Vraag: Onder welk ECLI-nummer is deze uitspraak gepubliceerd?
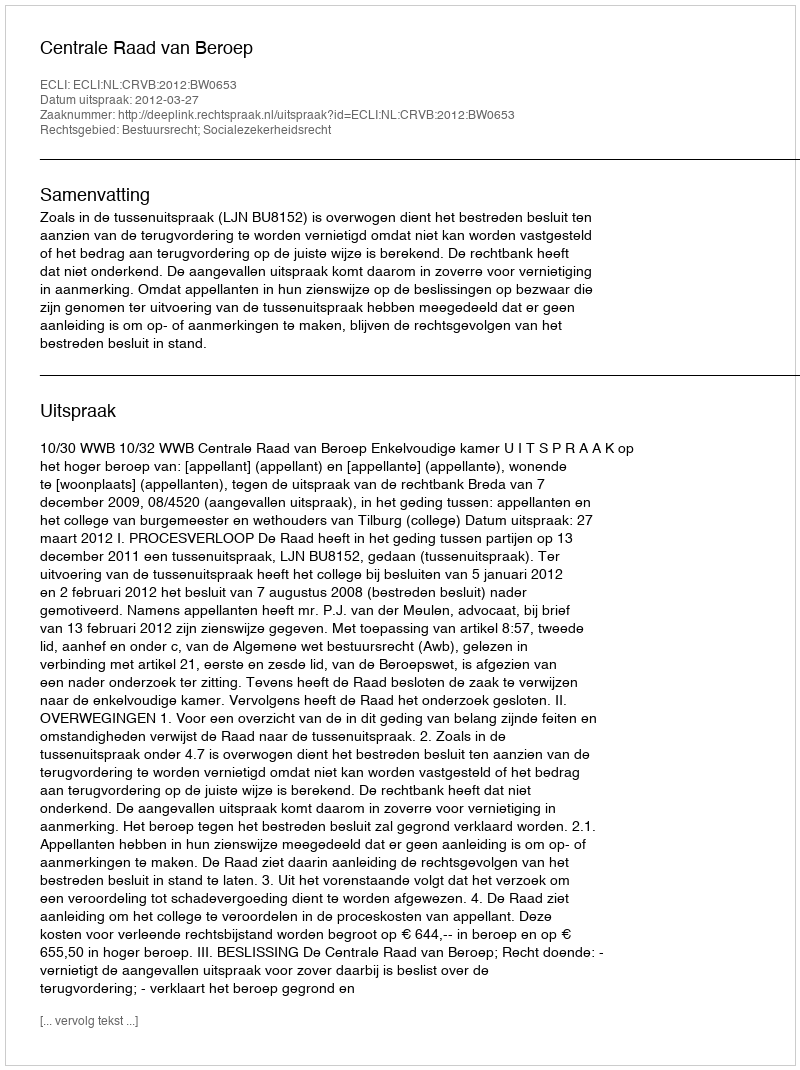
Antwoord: ECLI:NL:CRVB:2012:BW0653